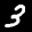
Label: 3